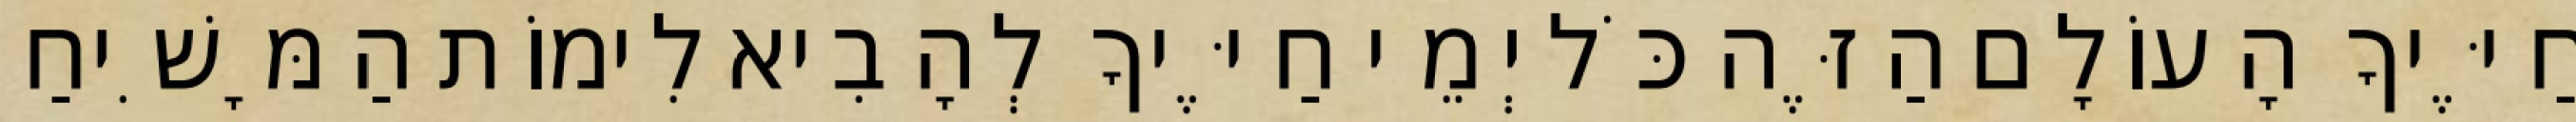
חַיֶּיךָ הָעוֹלָם הַזֶּה כֹּל יְמֵי חַיֶּיךָ לְהָבִיא לִימוֹת הַמָּשִׁיחַ